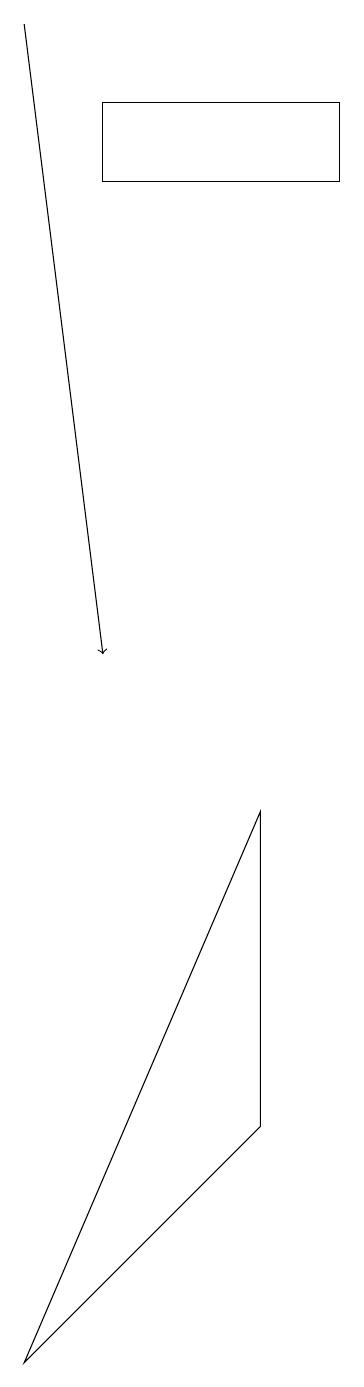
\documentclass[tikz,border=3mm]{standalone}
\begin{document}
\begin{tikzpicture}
\draw[->] (2,18) -- (3,10);
\draw (5,4) -- (5,8) -- (2,1) -- cycle;
\draw (6,16) rectangle (3,17);
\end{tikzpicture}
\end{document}